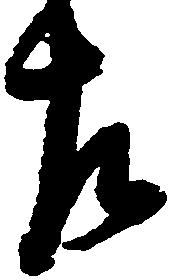
左